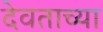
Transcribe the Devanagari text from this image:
देवताच्या